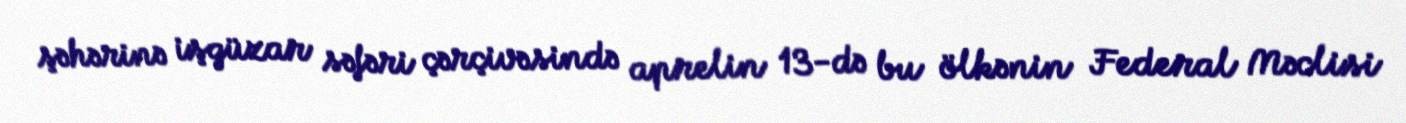
şəhərinə işgüzar səfəri çərçivəsində aprelin 13-də bu ölkənin Federal Məclisi